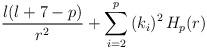
LaTeX: \begin{align*}{\l(\l+7-p) \over r^2} + \sum_{i = 2}^p \, (k_i)^2 \, H_p(r)\end{align*}